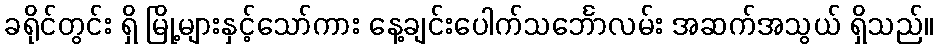
ခရိုင်တွင်း ရှိ မြို့များနှင့်သော်ကား နေ့ချင်းပေါက်သင်္ဘောလမ်း အဆက်အသွယ် ရှိသည်။